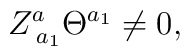
Z_{\;a_1}^a\Theta ^{a_1}\neq 0,